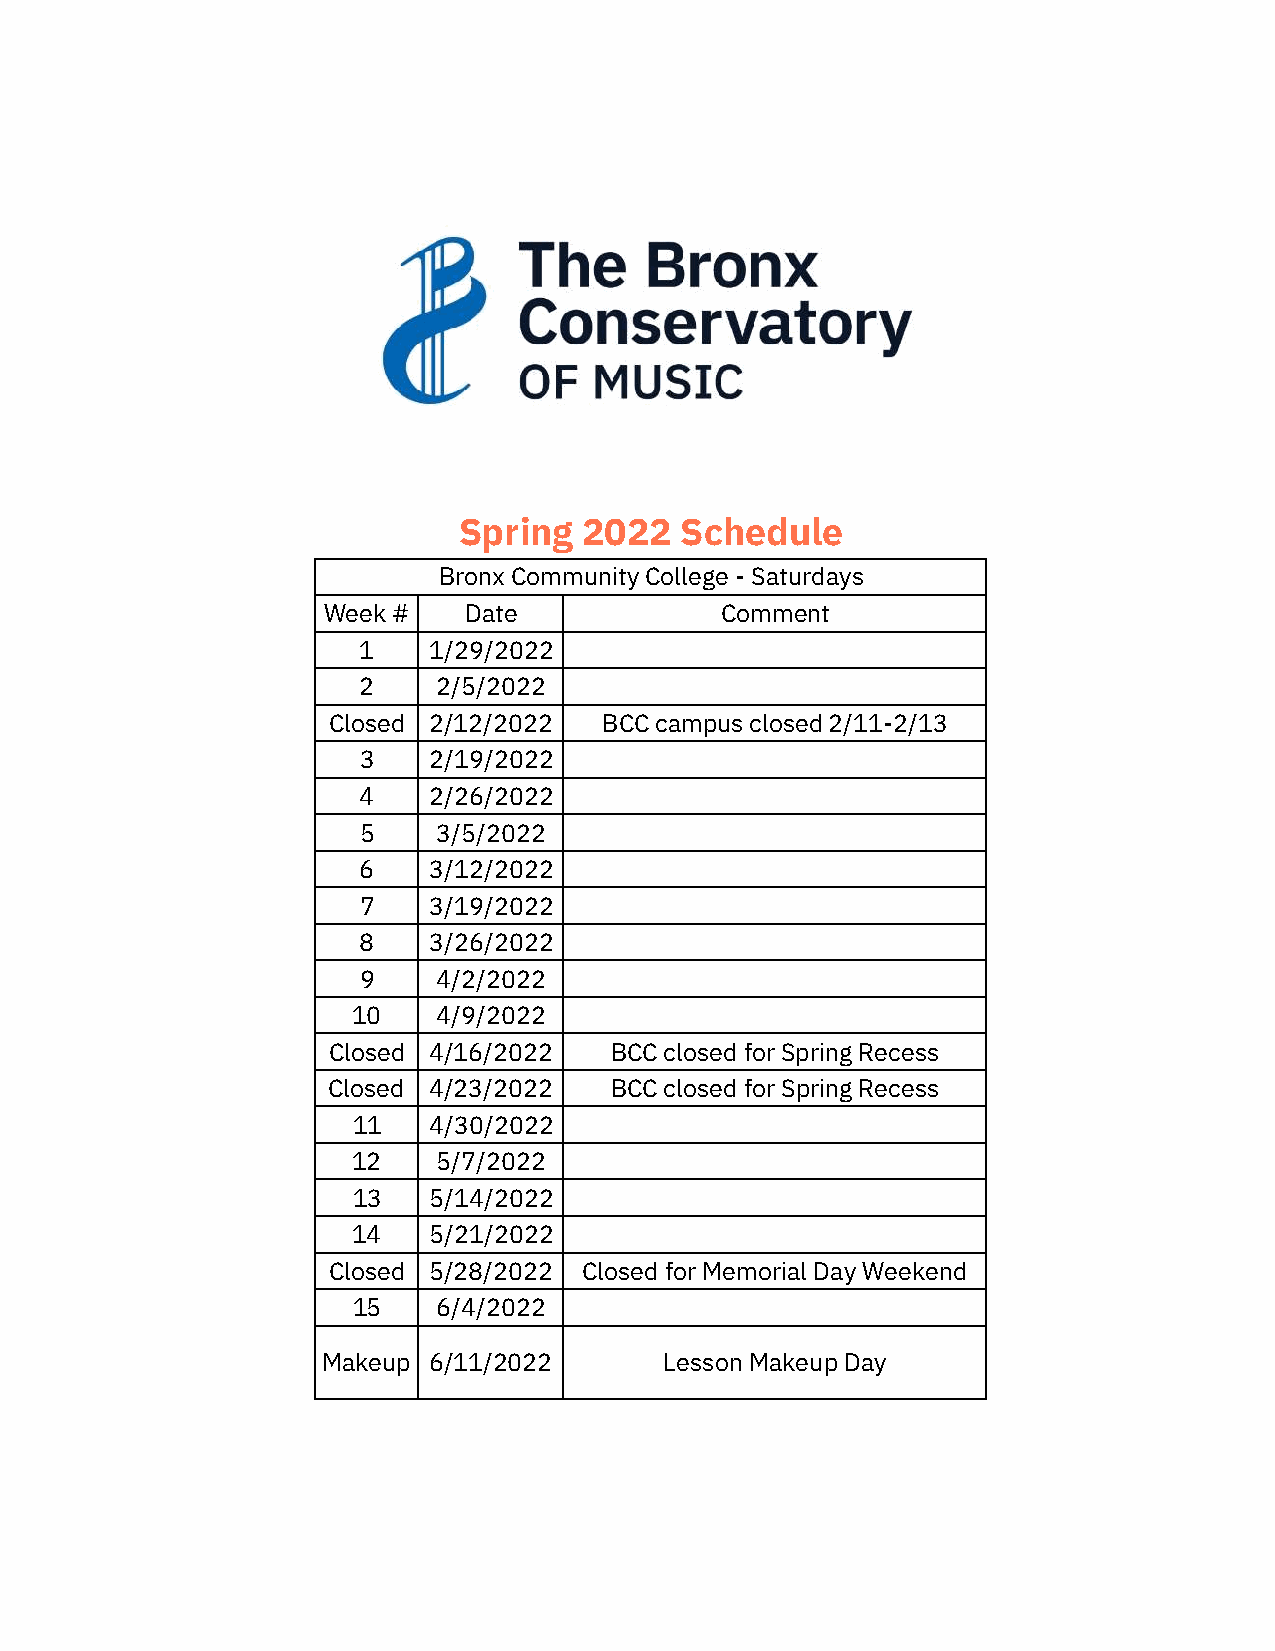
Spring   2022  Schedule
 Bronx Community College - Saturdays
 Week #    Date             Comment
 1   1/29/2022
 2    2/5/2022
 Closed 2/12/2022  BCC campus closed 2/11-2/13
 3   2/19/2022
 4   2/26/2022
 5    3/5/2022
 6   3/12/2022
 7   3/19/2022
 8   3/26/2022
 9    4/2/2022
 10    4/9/2022
 Closed 4/16/2022  BCC closed for Spring Recess
 Closed 4/23/2022  BCC closed for Spring Recess
 11   4/30/2022
 12    5/7/2022
 13   5/14/2022
 14   5/21/2022
 Closed 5/28/2022 Closed for Memorial Day Weekend
 15    6/4/2022
 Makeup 6/11/2022       Lesson Makeup Day